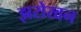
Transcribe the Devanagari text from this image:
झरोखन